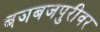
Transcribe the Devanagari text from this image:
बजबजपुरीवर